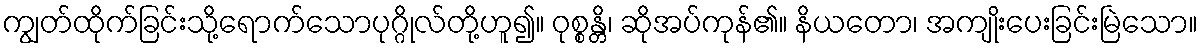
ကျွတ်ထိုက်ခြင်းသို့ရောက်သောပုဂ္ဂိုလ်တို့ဟူ၍။ ဝုစ္စန္တိ၊ ဆိုအပ်ကုန်၏။ နိယတော၊ အကျိုးပေးခြင်းမြဲသော။